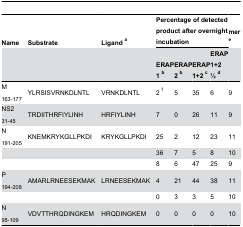
| Name | Substrate | Ligand a | <COLSPAN=4> Percentage of detected product after overnight incubation | mer e |
 |  |  |  | ERAP 1 b | ERAP 2 b | ERAP 1+2 c | ERAP 1+2 1⁄2 d |  |
 | --- | --- | --- | --- | --- | --- | --- | --- |
 | M 163-177 | YLRSISVRNKDLNTL | VRNKDLNTL | 2 f | 5 | 35 | 6 | 9 |
 | NS2 31-45 | TRDIITHRFIYLINH | HRFIYLINH | 7 | 0 | 26 | 11 | 9 |
 | N 191-205 | KNEMKRYKGLLPKDI | KRYKGLLPKDI | 25 | 2 | 12 | 23 | 11 |
 |  |  |  | 36 | 7 | 5 | 8 | 10 |
 |  |  |  | 8 | 6 | 47 | 25 | 9 |
 | P 194-208 | AMARLRNEESEKMAK | LRNEESEKMAK | 4 | 21 | 44 | 38 | 11 |
 |  |  |  | 0 | 3 | 3 | 5 | 10 |
 | N 95-109 | VDVTTHRQDINGKEM | HRQDINGKEM | 0 | 0 | 0 | 0 | 10 |